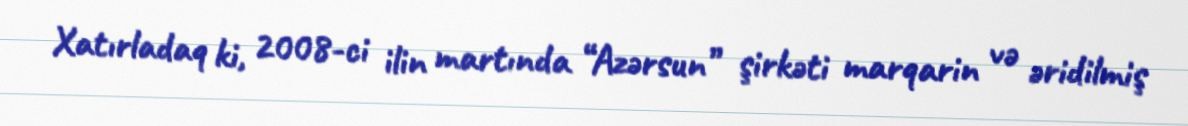
Xatırladaq ki, 2008-ci ilin martında “Azərsun” şirkəti marqarin və əridilmiş